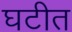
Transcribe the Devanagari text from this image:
घटीत